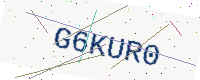
Text: G6KUR0